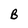
Character: B